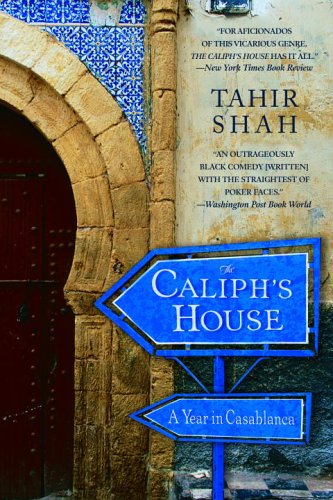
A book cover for The Caliph's House: A Year in Casablanca; Tahir Shah; Travel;